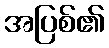
အပြစ်၏